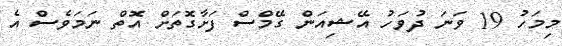
މިމަހު 19 ވަނަ ދުވަހު އޭޝިއަން ގޭމްސް ފަށާގޮތަށް އޮތް ނަމަވެސް އެ